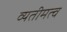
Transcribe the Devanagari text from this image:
व्यतीमत्व